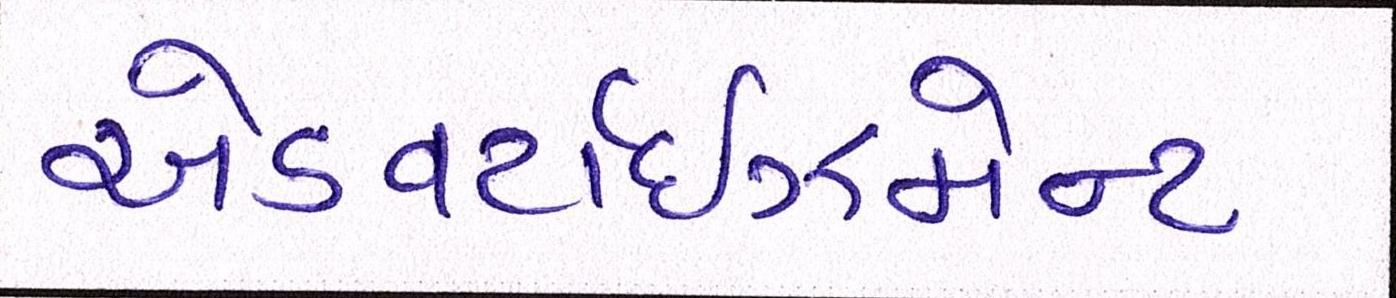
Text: એડવર્ટાઇઝમેન્ટ